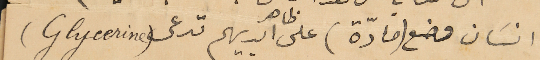
انسان وضع (مادّة) على ظاهر ايديهم تدعى (Glycerine)